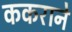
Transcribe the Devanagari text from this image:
ककराने